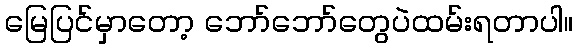
မြေပြင်မှာတော့ ဘော်ဘော်တွေပဲထမ်းရတာပါ။